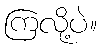
ကြလို့ပဲ။